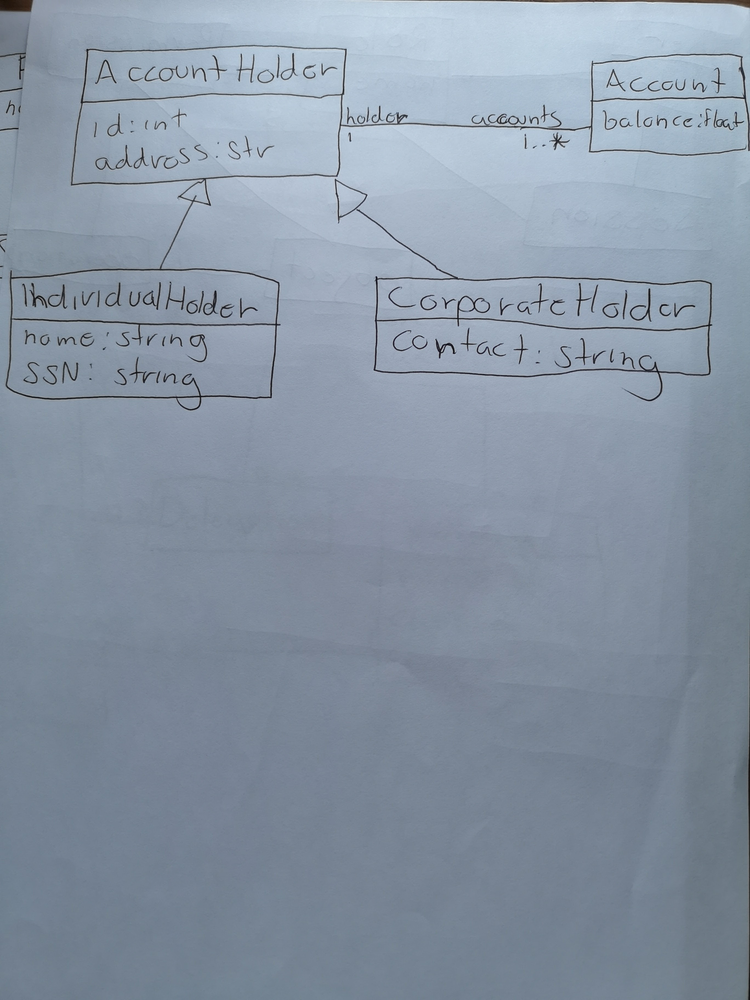
Diagram type: class_diagram
```plantuml
@startuml

class AccountHolder {
  id: int
  address: str
}

class Account {
  balance: float
}

class IndividualHolder extends Account {
  name: string
  SSN: string
}

class CorporateHolder extends Account {
  contact: string
}

AccountHolder "holder 1" -- "accounts 1..*" Account

@enduml
```